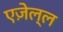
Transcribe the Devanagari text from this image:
एज़ेल्ल